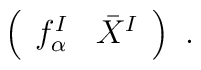
\left( \begin{array}{cc} f_\alpha^I&\bar X^I\end{array}\right)\ .